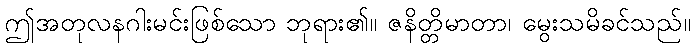
ဤအတုလနဂါးမင်းဖြစ်သော ဘုရား၏။ ဇနိတ္တိမာတာ၊ မွေးသမိခင်သည်။